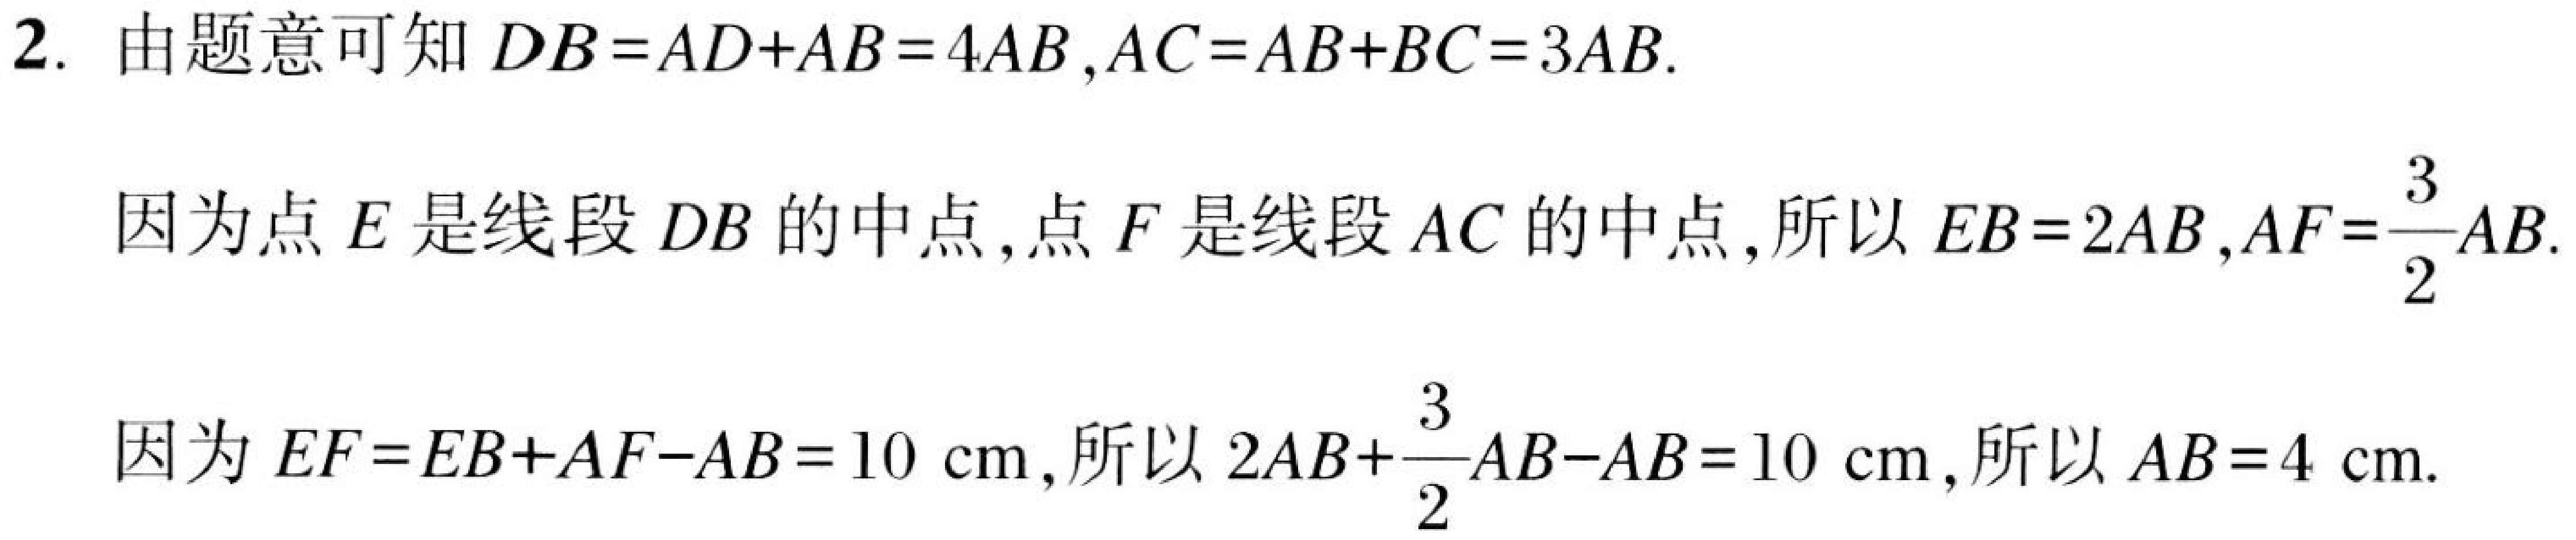
2. 由题意可知\(DB = AD + AB = 4AB\),\(AC = AB + BC = 3AB\).

因为点\(E\)是线段\(DB\)的中点,点\(F\)是线段\(AC\)的中点,所以\(EB = 2AB\),\(AF=\dfrac{3}{2}AB\).

因为\(EF = EB + AF - AB = 10\mathrm{cm}\),所以\(2AB+\dfrac{3}{2}AB - AB = 10\mathrm{cm}\),所以\(AB = 4\mathrm{cm}\).